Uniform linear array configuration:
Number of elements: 32
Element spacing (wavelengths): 0.75
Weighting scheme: uniform
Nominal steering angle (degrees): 60
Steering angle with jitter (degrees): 61.066
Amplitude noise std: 0.05
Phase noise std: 0.05

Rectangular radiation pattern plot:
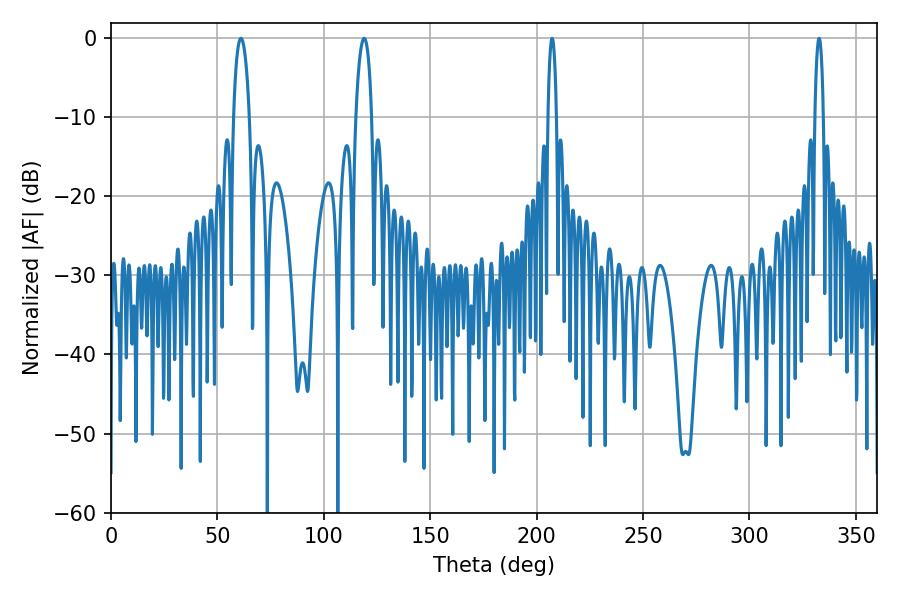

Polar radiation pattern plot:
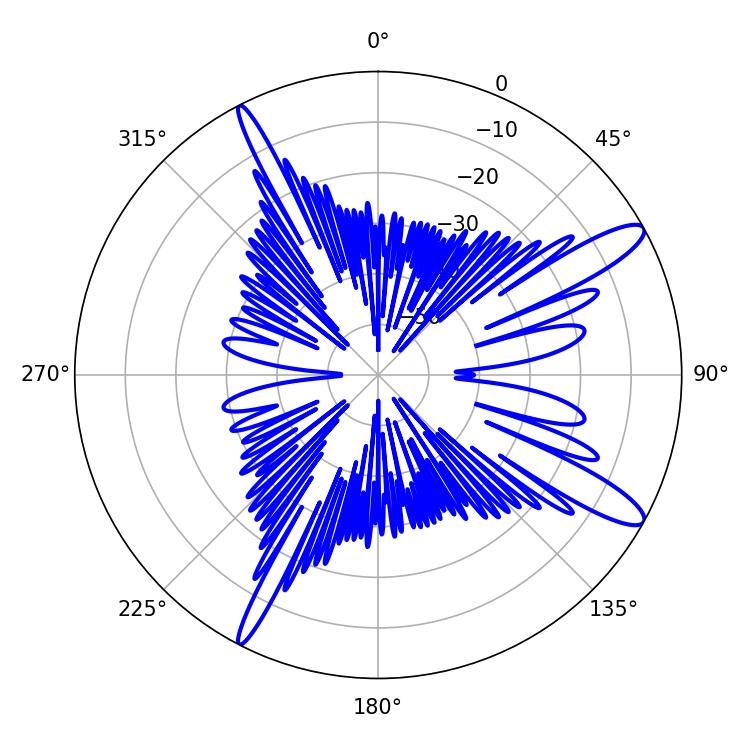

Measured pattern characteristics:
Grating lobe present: TRUE
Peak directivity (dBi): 12.734
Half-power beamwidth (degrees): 4.14
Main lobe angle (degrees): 61.02